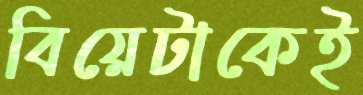
বিয়েটাকেই